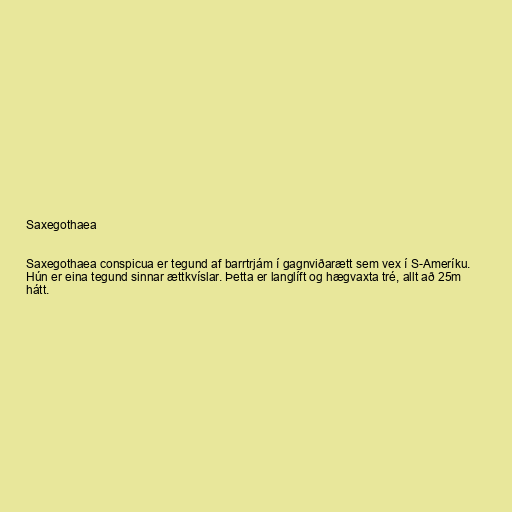
Saxegothaea

Saxegothaea conspicua er tegund af barrtrjám í gagnviðarætt sem vex í S-Ameríku.
Hún er eina tegund sinnar ættkvíslar. Þetta er langlíft og hægvaxta tré, allt að 25m
hátt.